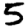
Digit: 5